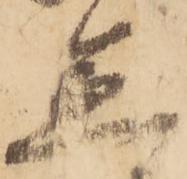
急